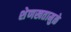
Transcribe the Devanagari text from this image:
शेणखतामुळे